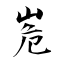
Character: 峞